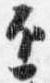
近